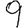
Digit: 9